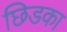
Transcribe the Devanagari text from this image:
छिडका